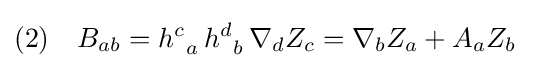
(2)\quad B_{ab}=h_{\;\;a}^{c}\,h_{\;\;b}^{d}\,\nabla _{d}Z_{c}=\nabla _{b}Z_{a}+A_{a}Z_{b}\;